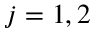
j = 1 , 2